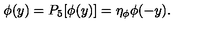
\phi ( y ) = P _ { 5 } [ \phi ( y ) ] = \eta _ { \phi } \phi ( - y ) .